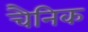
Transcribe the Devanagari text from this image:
चैनिक